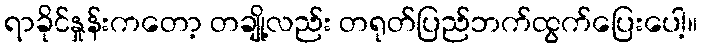
ရာခိုင်နှုန်းကတော့ တချို့လည်း တရုတ်ပြည်ဘက်ထွက်ပြေးပေါ့။